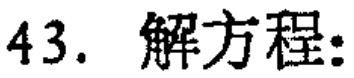
43. 解方程: